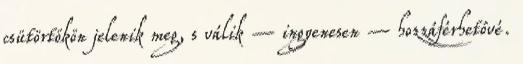
csütörtökön jelenik meg, s válik – ingyenesen – hozzáférhetővé.